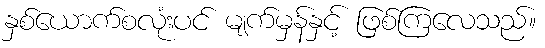
နှစ်ယောက်စလုံးပင် မျက်မှန်နှင့် ဖြစ်ကြလေသည်။